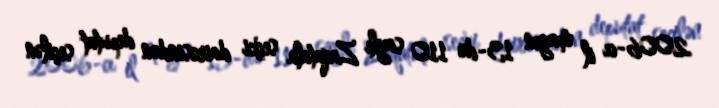
2006-cı il mayın 13-də 110 saylı Zaqatala seçki dairəsindən deputat seçilən